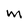
Character: m